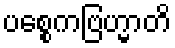
ပစ္စေကဗြဟ္မာတိ